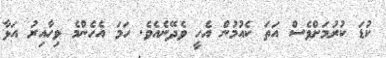
ކުޑަ ކުރުމަށްވެސް އަތަ ކެއުމުން އެހީ ވެދޭނެއެވެ. ހަމަ އެހެންމެ ވިހާއިރު އަޅާ